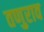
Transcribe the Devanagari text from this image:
तणुराव